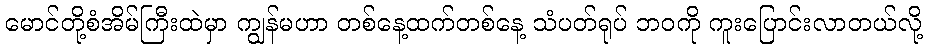
မောင်တို့စံအိမ်ကြီးထဲမှာ ကျွန်မဟာ တစ်နေ့ထက်တစ်နေ့ သံပတ်ရုပ် ဘဝကို ကူးပြောင်းလာတယ်လို့